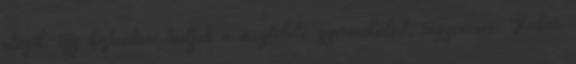
utazik, így biztosítani tudjuk a megfelelő gyermekülést, ingyenesen. Habár